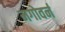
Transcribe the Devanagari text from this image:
मगोवर्न